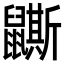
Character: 𪖉